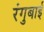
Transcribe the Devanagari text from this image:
रंगुबाई